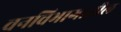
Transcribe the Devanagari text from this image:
वनविभागातील